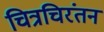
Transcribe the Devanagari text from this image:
चित्रचिरंतन